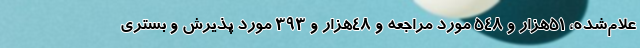
علام‌شده، ۵۱هزار و ۵۴۸ مورد مراجعه و ۴۸هزار و ۳۹۳ مورد پذیرش و بستری